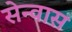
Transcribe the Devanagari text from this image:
सेन्वास